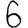
Digit: 6